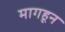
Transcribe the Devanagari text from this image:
मागहून